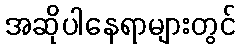
အဆိုပါနေရာများတွင်